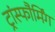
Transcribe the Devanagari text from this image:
ट्रांस्फौर्मिंग